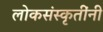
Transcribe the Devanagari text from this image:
लोकसंस्कृतींनी